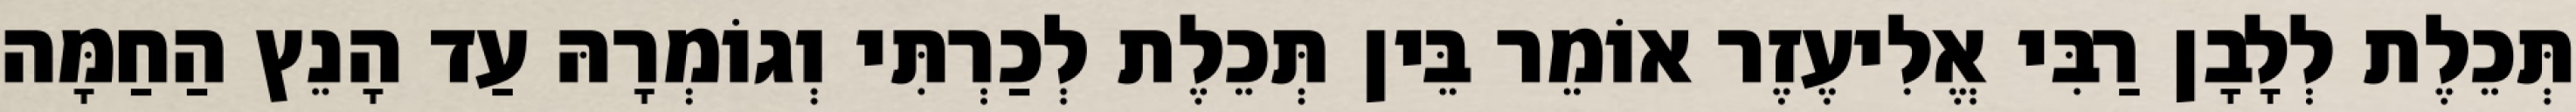
תְּכֵלֶת לְלָבָן רַבִּי אֱלִיעֶזֶר אוֹמֵר בֵּין תְּכֵלֶת לְכַרְתִּי וְגוֹמְרָהּ עַד הָנֵץ הַחַמָּה